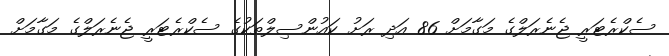
ސެކްރެޓަރީ ޖެނެރަލްގެ މަގާމަށް 86 އަދި ރަށު ކައުންސިލްތަކުގެ ސެކްރެޓަރީ ޖެނެރަލްގެ މަގާމަށް